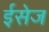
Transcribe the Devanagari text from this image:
ईसेज